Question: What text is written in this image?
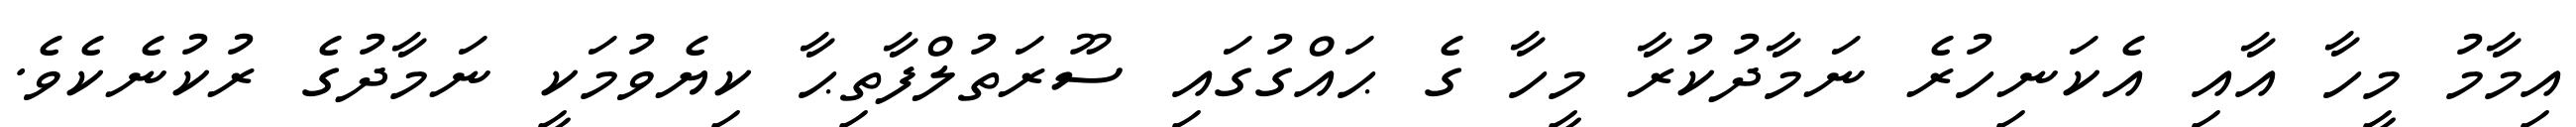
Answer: އިމާމު މީހާ އާއި އެކަނިހުރެ ނަމާދުކުރާ މީހާ ގެ ޙައްގުގައި ސޫރަތުލްފާތިޙާ ކިޔެވުމަކީ ނަމާދުގެ ރުކުނެކެވެ.